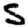
Digit: 5